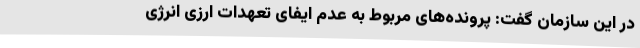
در این سازمان گفت: پرونده‌های مربوط به عدم ایفای تعهدات ارزی انرژی